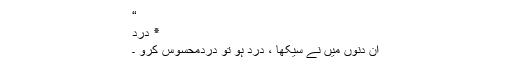
“
٭ درد
اُن دنوں میں نے سیکھا ، درد ہو تو دردمحسوس کرو ۔